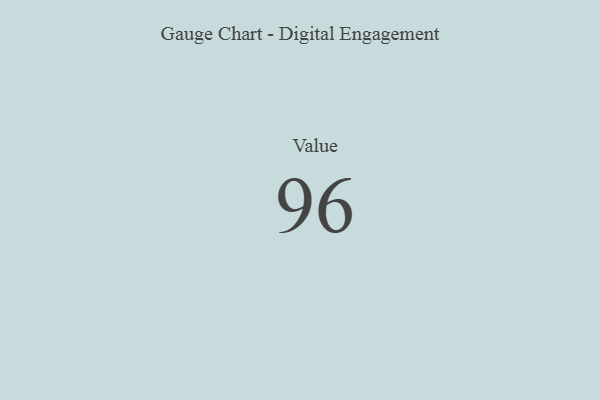
{"axis": {"x": "Metric", "y": "Value"}, "legend": [""], "data": [{"x": "Value", "y": 96, "type": ""}]}